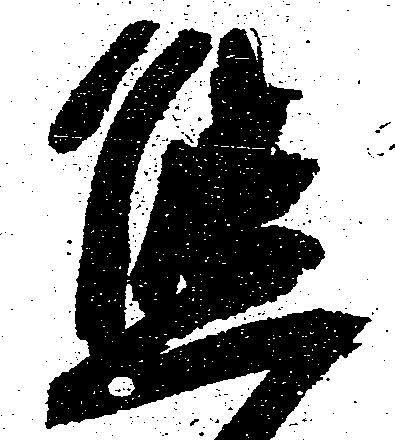
態